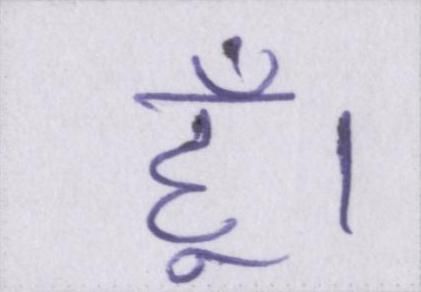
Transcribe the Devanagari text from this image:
हूँ।